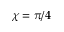
\chi = \pi / 4